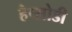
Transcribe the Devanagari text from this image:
हैप्सोडी